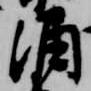
涌